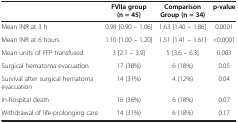
<table><thead><tr><td><b> </b></td><td><b>FVIIa group (n = 45)</b></td><td><b>Comparison Group (n = 34)</b></td><td><b>p-value</b></td></tr></thead><tbody><tr><td>Mean INR at 3 h</td><td>0.98 [0.90 – 1.06]</td><td>1.63 [1.40 – 1.86]</td><td>0.0001</td></tr><tr><td>Mean INR at 6 hours</td><td>1.10 [1.00 – 1.20]</td><td>1.51 [1.41 – 1.61]</td><td>&lt;0.0001</td></tr><tr><td>Mean units of FFP transfused</td><td>3 [2.1 – 3.9]</td><td>5 [3.6 – 6.3]</td><td>0.003</td></tr><tr><td>Surgical hematoma evacuation</td><td>17 (38%)</td><td>6 (18%)</td><td>0.05</td></tr><tr><td>Survival after surgical hematoma evacuation</td><td>14 (31%)</td><td>4 (12%)</td><td>0.04</td></tr><tr><td>In-hospital death</td><td>16 (36%)</td><td>6 (18%)</td><td>0.07</td></tr><tr><td>Withdrawal of life-prolonging care</td><td>14 (31%)</td><td>6 (18%)</td><td>0.17</td></tr></tbody></table>